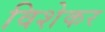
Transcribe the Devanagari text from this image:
विशेकर